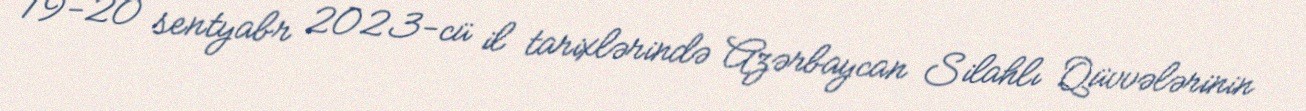
19-20 sentyabr 2023-cü il tarixlərində Azərbaycan Silahlı Qüvvələrinin